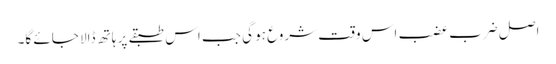
اصل ضرب عضب اس وقت شروع ہو گی جب اس طبقے پر ہاتھ ڈالا جائے گا۔